system: You are a helpful assistant.
user:
Analyze the provided spectrum to determine if it is a **Carbon Star (C-type)**.

- **Key Visual Indicators of Carbon Star:**
    - **(Primary):** Strong molecular absorption from **C₂ (diatomic carbon) "Swan Bands."** This is the **defining feature** of a carbon star.
        - **(Key Bandheads):** Sharp absorption edges are visible at approximately $5635$ Å, $5165$ Å (the strongest band), and $4737$ Å.
        - **(Line Profile):** Creates a distinct **"saw-tooth"** pattern. The key morphology is a sharp, steep bandhead on the **red (long-wavelength) side**, which then gradually tapers off (i.e., flux recovers) towards the **blue (short-wavelength) side**. *(This is the direct opposite of the TiO bands seen in M-type stars)*.

    - **(Secondary):** Intense **CN (cyanogen)** molecular absorption bands.
        - **(Key Bandheads):** Located in the blue and violet regions of the spectrum (e.g., near $4215$ Å and $3883$ Å).
        - **(Morphology):** These bands are extremely broad and act as a "blanket," absorbing the vast majority of blue and violet light. This creates a characteristic **"cliff"** or **"steep drop-off"** in the spectrum's flux at short wavelengths.

    - **(Key Confirmation):** Strong **CH absorption band (G-band)**.
        - **(Key Bandhead):** Located around $4300$ Å. The contribution from CH molecules to this band is exceptionally strong.

    - **(Overall Spectrum):**
        - The continuum is severely "chopped up" by these deep molecular bands, especially C₂, rather than appearing as a smooth curve.
        - Due to the heavy CN and C₂ absorption in the blue-green, the vast majority of the star's flux is concentrated in the red part of the spectrum, giving the star its characteristic deep red color.

Think first, call **spectral_visualization_tool** if needed to examine features in detail, then provide your final answer. Your response must adhere to the following strict rules:
1.  **Overall Structure:** Your response must follow the format `<think>...</think> <tool_call>...</tool_call> (if a tool is used) <answer>...</answer>`.
2.  **Tool Usage Constraint:** You may only make **one** tool call per turn.
3.  **Final Answer Format:** In the `<answer>` tag, your conclusion must be inside a `\boxed{}` command (e.g., `\boxed{YES}`), followed by your justification.

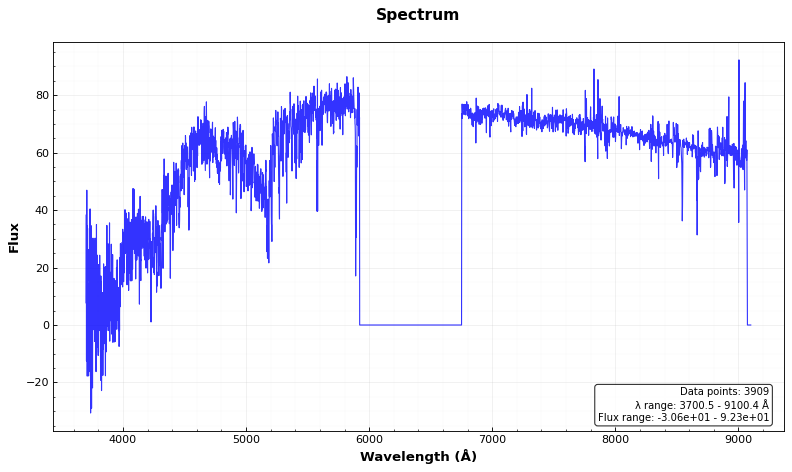
Answer: NO